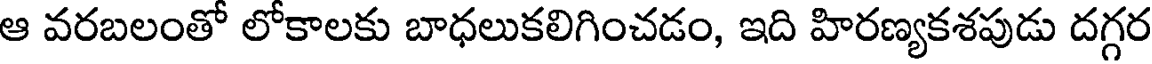
ఆ వరబలంతో లోకాలకు బాధలుకలిగించడం, ఇది హిరణ్యకశపుడు దగ్గర